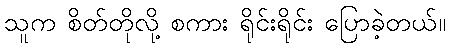
သူက စိတ်တိုလို့ စကား ရိုင်းရိုင်း ပြောခဲ့တယ်။